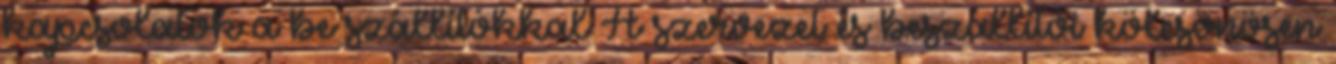
kapcsolatok a be szállítókkal A szervezet és beszállítói kölcsönösen